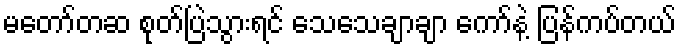
မတော်တဆ စုတ်ပြဲသွားရင် သေသေချာချာ ကော်နဲ့ ပြန်ကပ်တယ်